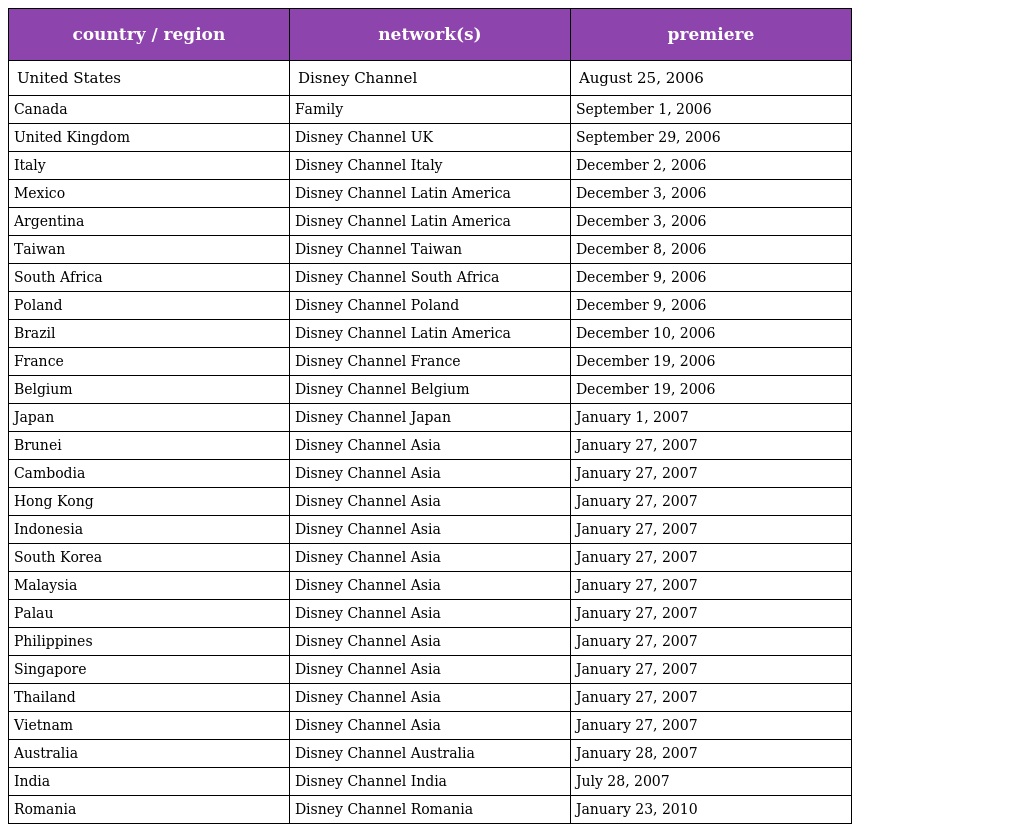
| country / region | network(s) | premiere |
 | --- | --- | --- |
 | United States | Disney Channel | August 25, 2006 |
 | Canada | Family | September 1, 2006 |
 | United Kingdom | Disney Channel UK | September 29, 2006 |
 | Italy | Disney Channel Italy | December 2, 2006 |
 | Mexico | Disney Channel Latin America | December 3, 2006 |
 | Argentina | Disney Channel Latin America | December 3, 2006 |
 | Taiwan | Disney Channel Taiwan | December 8, 2006 |
 | South Africa | Disney Channel South Africa | December 9, 2006 |
 | Poland | Disney Channel Poland | December 9, 2006 |
 | Brazil | Disney Channel Latin America | December 10, 2006 |
 | France | Disney Channel France | December 19, 2006 |
 | Belgium | Disney Channel Belgium | December 19, 2006 |
 | Japan | Disney Channel Japan | January 1, 2007 |
 | Brunei | Disney Channel Asia | January 27, 2007 |
 | Cambodia | Disney Channel Asia | January 27, 2007 |
 | Hong Kong | Disney Channel Asia | January 27, 2007 |
 | Indonesia | Disney Channel Asia | January 27, 2007 |
 | South Korea | Disney Channel Asia | January 27, 2007 |
 | Malaysia | Disney Channel Asia | January 27, 2007 |
 | Palau | Disney Channel Asia | January 27, 2007 |
 | Philippines | Disney Channel Asia | January 27, 2007 |
 | Singapore | Disney Channel Asia | January 27, 2007 |
 | Thailand | Disney Channel Asia | January 27, 2007 |
 | Vietnam | Disney Channel Asia | January 27, 2007 |
 | Australia | Disney Channel Australia | January 28, 2007 |
 | India | Disney Channel India | July 28, 2007 |
 | Romania | Disney Channel Romania | January 23, 2010 |